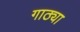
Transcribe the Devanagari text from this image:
गाठ्या